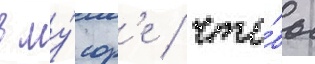
в му́сор'е / что́бы